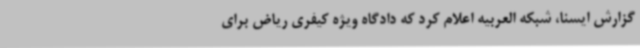
گزارش ایسنا، شبکه العربیه اعلام کرد که دادگاه ویژه کیفری ریاض برای